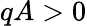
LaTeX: qA>0